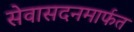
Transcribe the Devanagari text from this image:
सेवासदनमार्फत